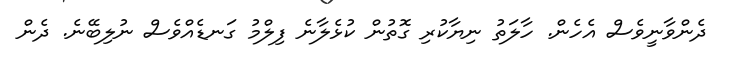
ދެންވާނީވެސް އެހެން. ހާލަތު ނިޔާކުރި ގޮތުން ކުޅެލާނެ ފިލްމު ގަނޑެއްވެސް ނުލިބޭނެ. ދެން